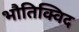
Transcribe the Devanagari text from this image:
भौतिक्विद